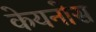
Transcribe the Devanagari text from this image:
केयनोस